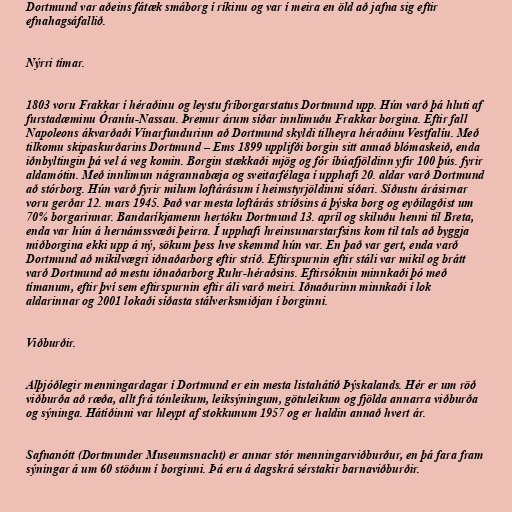
Dortmund var aðeins fátæk smáborg í ríkinu og var í meira en öld að jafna sig eftir
efnahagsáfallið.

Nýrri tímar.

1803 voru Frakkar í héraðinu og leystu fríborgarstatus Dortmund upp. Hún varð þá hluti af
furstadæminu Óraníu-Nassau. Þremur árum síðar innlimuðu Frakkar borgina. Eftir fall
Napoleons ákvarðaði Vínarfundurinn að Dortmund skyldi tilheyra héraðinu Vestfalíu. Með
tilkomu skipaskurðarins Dortmund – Ems 1899 upplifði borgin sitt annað blómaskeið, enda
iðnbyltingin þá vel á veg komin. Borgin stækkaði mjög og fór íbúafjöldinn yfir 100 þús. fyrir
aldamótin. Með innlimun nágrannabæja og sveitarfélaga í upphafi 20. aldar varð Dortmund
að stórborg. Hún varð fyrir milum loftárásum í heimstyrjöldinni síðari. Síðustu árásirnar
voru gerðar 12. mars 1945. Það var mesta loftárás stríðsins á þýska borg og eyðilagðist um
70% borgarinnar. Bandaríkjamenn hertóku Dortmund 13. apríl og skiluðu henni til Breta,
enda var hún á hernámssvæði þeirra. Í upphafi hreinsunarstarfsins kom til tals að byggja
miðborgina ekki upp á ný, sökum þess hve skemmd hún var. En það var gert, enda varð
Dortmund að mikilvægri iðnaðarborg eftir stríð. Eftirspurnin eftir stáli var mikil og brátt
varð Dortmund að mestu iðnaðarborg Ruhr-héraðsins. Eftirsóknin minnkaði þó með
tímanum, eftir því sem eftirspurnin eftir áli varð meiri. Iðnaðurinn minnkaði í lok
aldarinnar og 2001 lokaði síðasta stálverksmiðjan í borginni.

Viðburðir.

Alþjóðlegir menningardagar í Dortmund er ein mesta listahátíð Þýskalands. Hér er um röð
viðburða að ræða, allt frá tónleikum, leiksýningum, götuleikum og fjölda annarra viðburða
og sýninga. Hátíðinni var hleypt af stokkunum 1957 og er haldin annað hvert ár.

Safnanótt (Dortmunder Museumsnacht) er annar stór menningarviðburður, en þá fara fram
sýningar á um 60 stöðum í borginni. Þá eru á dagskrá sérstakir barnaviðburðir.